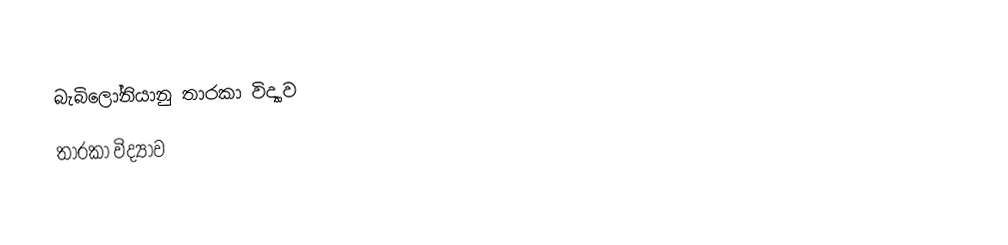
බැබිලෝනියානු තාරකා විද්‍යාව
තාරකා විද්‍යාව